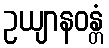
ဥယျာနဝန္တံ